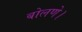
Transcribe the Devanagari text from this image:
बोलणे।